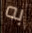
به